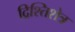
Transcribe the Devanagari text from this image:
द्रिश्तिशेत्र